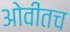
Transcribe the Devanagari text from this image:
ओवीतच